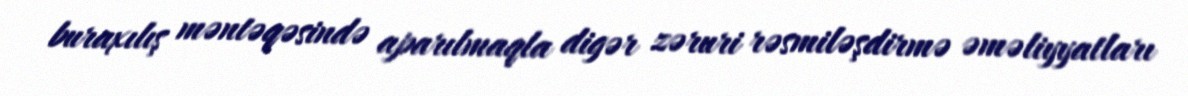
buraxılış məntəqəsində aparılmaqla digər zəruri rəsmiləşdirmə əməliyyatları